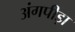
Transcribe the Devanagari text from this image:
अंगपीड़ा